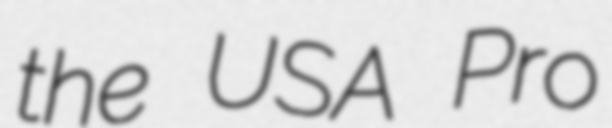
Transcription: the USA Pro